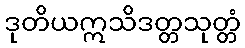
ဒုတိယဣသိဒတ္တသုတ္တံ